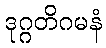
ဒုဂ္ဂတိဂမနံ